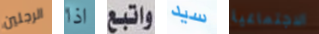
الرجلين اذا واتبع سيد الاجتماعية